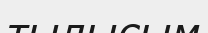
тылысым